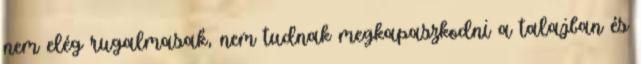
nem elég rugalmasak, nem tudnak megkapaszkodni a talajban és